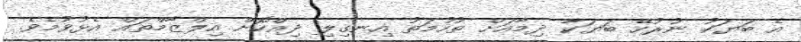
އެ ބަޔަކު ނުރުހޭ ބަޔަކާ ދިމާއަށް ތުހުމަތު އިނގިލި ދިއްކޮށް އިލްޒާމްތައް އެޅުވުމެވެ.